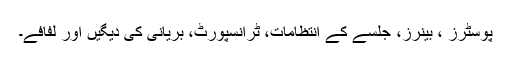
پوسٹرز ، بینرز، جلسے کے انتظامات، ٹرانسپورٹ، بریانی کی دیگیں اور لفافے۔